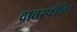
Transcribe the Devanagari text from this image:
वातस्फीति।